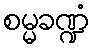
စမ္မခဏ္ဍံ